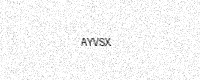
Text: AYVSX